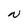
Character: N